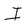
Character: I